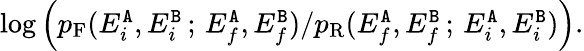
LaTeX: \begin{array}{r}{\log\left(p_{\mathrm{F}}(E_{i}^{{\tt A}},E_{i}^{{\tt B}}\, ;\, E_{f}^{{\tt A}},E_{f}^{{\tt B}})/p_{\mathrm{R}}(E_{f}^{{\tt A}},E_{f}^{{\tt B}}\, ;\, E_{i}^{{\tt A}},E_{i}^{{\tt B}})\right).}\end{array}